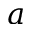
a